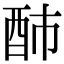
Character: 䣪